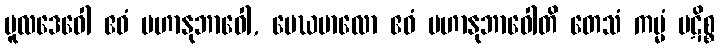
မူလဒေဝေါ ဧဝံ မဟာနုဘာဝေါ, မေဃမာလော ဧဝံ မဟာနုဘာဝေါတိ တေသံ ကမ္မံ ပဋိစ္စ